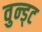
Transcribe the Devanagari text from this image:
वुन्ड्ट